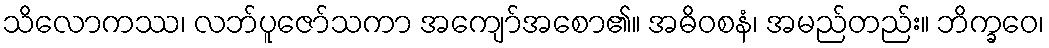
သိလောကဿ၊ လဘ်ပူဇော်သကာ အကျော်အစော၏။ အဓိဝစနံ၊ အမည်တည်း။ ဘိက္ခဝေ၊